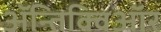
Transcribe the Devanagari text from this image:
ॲन्तिक्विऑर